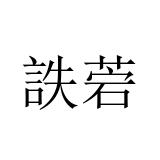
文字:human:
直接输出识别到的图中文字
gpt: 詄菪